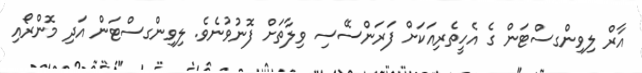
އާރް ލިވިންގސްޓަން ގެ އެހީތެރިއަކަށް ފަރަންސޭސި ވިލާތަށް ފޮނުވުނެވެ. ލިވިންގސްޓަން އަދި މޮންރޯއި